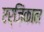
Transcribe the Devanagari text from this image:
एर्ज़िंकान